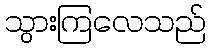
သွားကြလေသည်